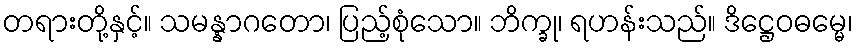
တရားတို့နှင့်။ သမန္နာဂတော၊ ပြည့်စုံသော။ ဘိက္ခု၊ ရဟန်းသည်။ ဒိဋ္ဌေဝဓမ္မေ၊